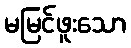
မမြင်ဖူးသော